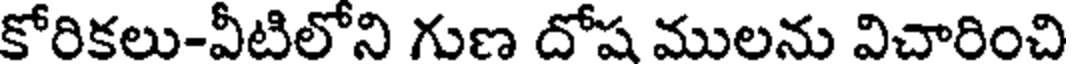
కోరికలు-వీటిలోని గుణ దోష ములను విచారించి